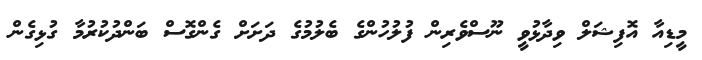
މީޑިއާ އޮފިޝަލް ވިދާޅުވީ ނޫސްވެރިން ފުލުހުންގެ ބެލުމުގެ ދަށަށް ގެންގޮސް ބަންދުކުރުމާ ގުޅިގެން